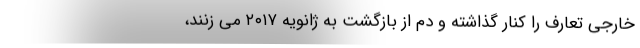
خارجی تعارف را کنار گذاشته و دم از بازگشت به ژانویه ۲۰۱۷ می زنند،